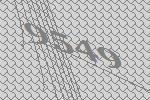
9549